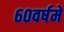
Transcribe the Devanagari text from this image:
६०वर्षमे